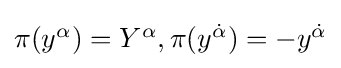
{\textstyle \pi (y^{\alpha })=Y^{\alpha },\pi (y^{\dot {\alpha }})=-y^{\dot {\alpha }}}